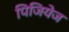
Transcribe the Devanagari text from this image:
पिजियेज